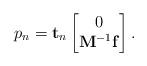
LaTeX: \begin{align*}p_{n}= \mathbf{t}_n\begin{bmatrix}0\\\mathbf{M}^{-1}\mathbf{f}\end{bmatrix}.\end{align*}